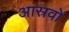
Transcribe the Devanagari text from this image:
आस्रवों